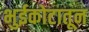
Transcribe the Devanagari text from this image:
भुईकोटातून